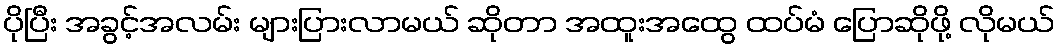
ပိုပြီး အခွင့်အလမ်း များပြားလာမယ် ဆိုတာ အထူးအထွေ ထပ်မံ ပြောဆိုဖို့ လိုမယ်